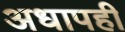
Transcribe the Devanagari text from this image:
अधापही